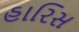
હારિસ